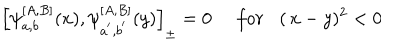
\left[ \psi _ { a , b } ^ { \left[ A , B \right] } ( x ) , \psi _ { a ^ { ^ { \prime } } , b ^ { ^ { \prime } } } ^ { \left[ A , B \right] } ( y ) \right] _ { \pm } = 0 \, \, \, \, \, \, \, \, f o r \, \, \, \, \, ( \, x - y ) ^ { 2 } < 0